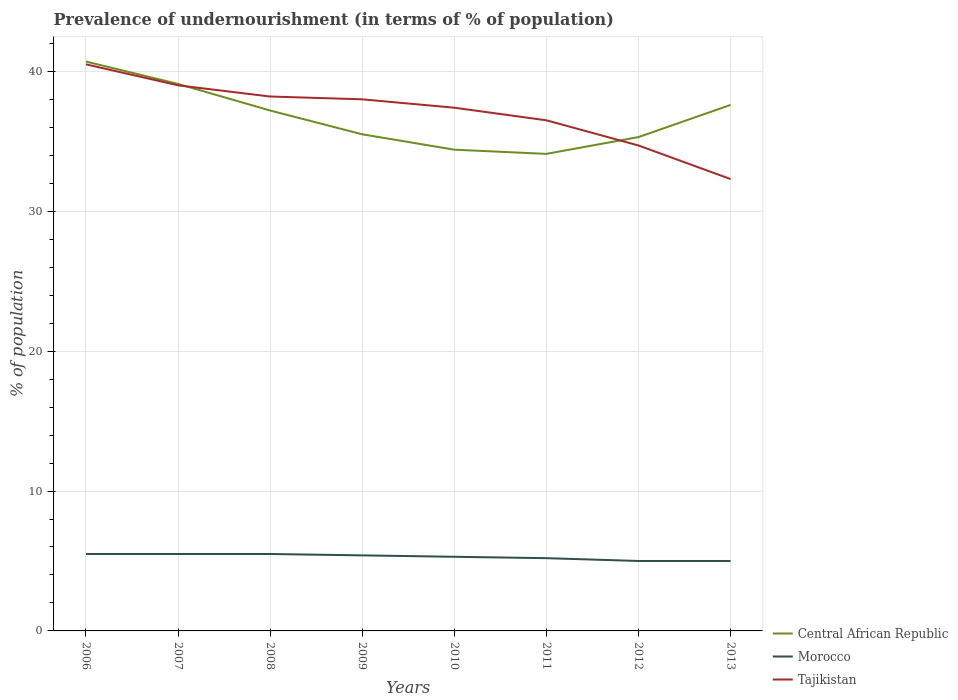
| Years | Central African Republic | Morocco | Tajikistan |
 | --- | --- | --- | --- |
 | 2006 | 40.7 | 5.5 | 40.5 |
 | 2007 | 39.1 | 5.5 | 39 |
 | 2008 | 37.2 | 5.5 | 38.2 |
 | 2009 | 35.5 | 5.4 | 38 |
 | 2010 | 34.4 | 5.3 | 37.4 |
 | 2011 | 34.1 | 5.2 | 36.5 |
 | 2012 | 35.3 | 5 | 34.7 |
 | 2013 | 37.6 | 5 | 32.3 |